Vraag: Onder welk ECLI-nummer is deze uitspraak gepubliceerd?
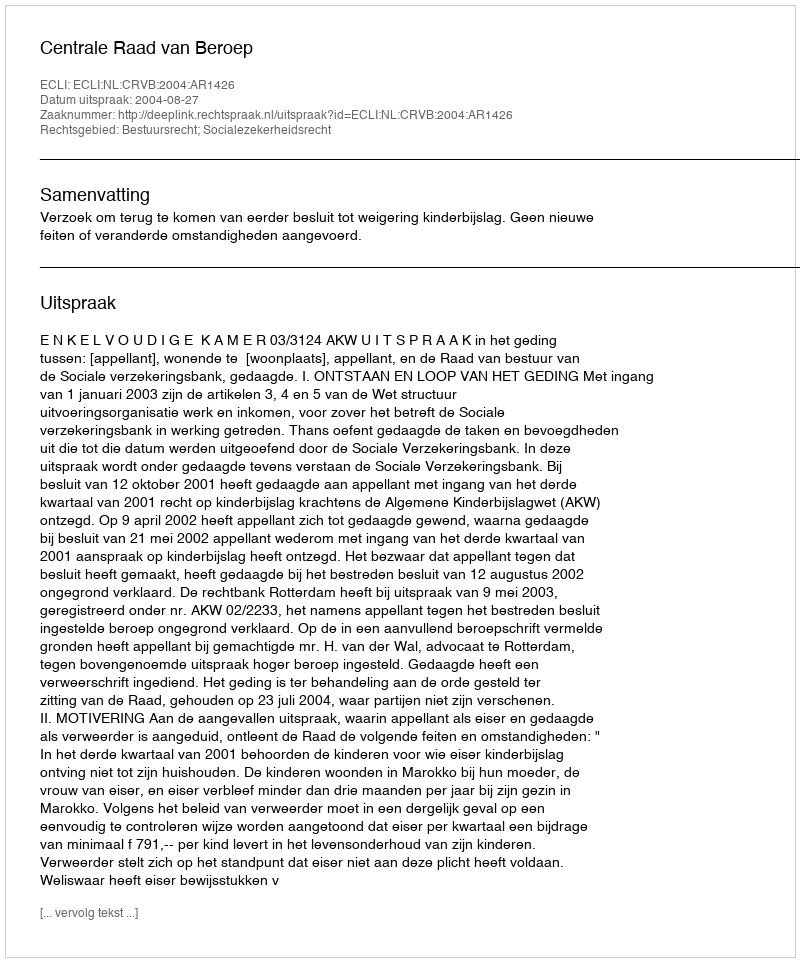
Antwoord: ECLI:NL:CRVB:2004:AR1426